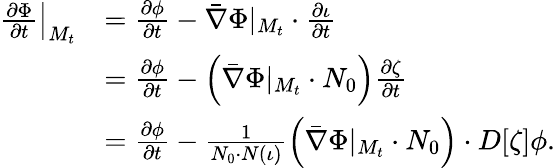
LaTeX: \begin{array}{rl}{\left.\frac{\partial\Phi}{\partial t}\right|_{M_{t}}}&{=\frac{\partial\phi}{\partial t}-\bar{\nabla}\Phi|_{M_{t}}\cdot\frac{\partial\iota}{\partial t}}\\ &{=\frac{\partial\phi}{\partial t}-\left(\bar{\nabla}\Phi|_{M_{t}}\cdot N_{0}\right)\frac{\partial\zeta}{\partial t}}\\ &{=\frac{\partial\phi}{\partial t}-\frac{1}{N_{0}\cdot N(\iota)}\left(\bar{\nabla}\Phi|_{M_{t}}\cdot N_{0}\right)\cdot D[\zeta]\phi.}\end{array}